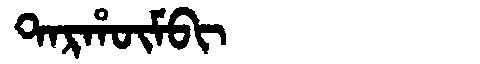
Manchu: ᡨᠠᡵᡥᡡᠮᠪᡳ
Romanization: TARHŪMBI